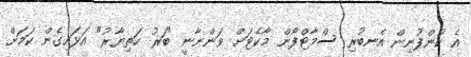
އެ ކުންފުނިން އެނބުރި ސްމާޓްފޯން މާކެޓަށް ވަންނާނީ "ބަރު ހަތިޔާރު" އަޅައިގެން ކަމަށް